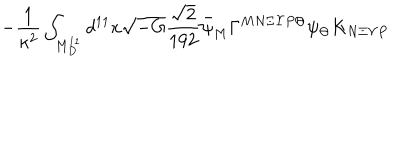
- \frac { 1 } { \kappa ^ { 2 } } \int _ { M _ { D } ^ { 1 1 } } d ^ { 1 1 } x \sqrt { - G } \frac { \sqrt { 2 } } { 1 9 2 } \bar { \psi } _ { M } \Gamma ^ { M N \Xi \Upsilon P \Theta } \psi _ { \Theta } K _ { N \Xi \Upsilon P }